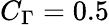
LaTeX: C_{\Gamma}=0.5